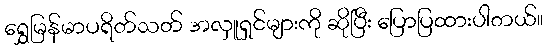
ရွှေမြန်မာပရိတ်သတ် အလှူရှင်များကို ဆိုပြီး ပြောပြထားပါတယ်။